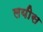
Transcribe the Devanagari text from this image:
लयीस